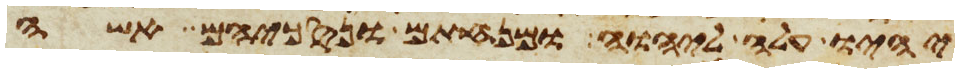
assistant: יהיו עלה ליהוה ומנחתם ונסכיהם אשה